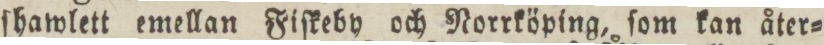
ſhawlett emellan Fiſkeby och Norrköping, ſom kan åter=